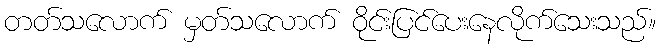
တတ်သလောက် မှတ်သလောက် ဝိုင်းပြင်ပေးနေလိုက်သေးသည်။